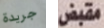
جريدة مقبض